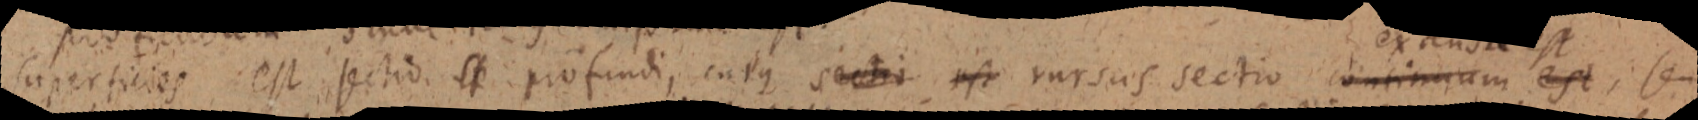
superficies est sectio. se profundi, cuius sectio est rursus sectio continuum est, seu